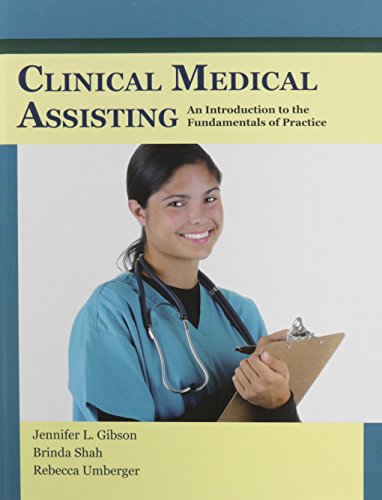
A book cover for Clinical Medical Assisting: An Introduction to the Fundamentals of Practice; Jennifer L Gibson; Medical Books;